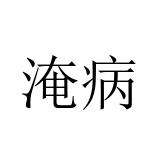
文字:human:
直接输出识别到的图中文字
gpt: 淹病